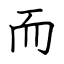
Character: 而